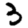
Digit: 3